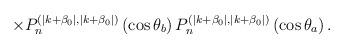
LaTeX: \begin{align*}\times P_n^{(\mid k+\beta _0\mid ,\mid k+\beta _0\mid )}\left(\cos \theta _b\right) P_n^{(\mid k+\beta _0\mid ,\mid k+\beta _0\mid )}\left(\cos \theta _a\right) .\end{align*}